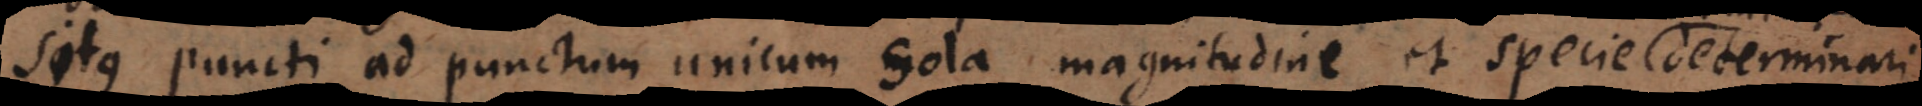
i ad punctum unicum sola magnitudine et specie determinari